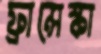
ফ্রান্সেস্কা